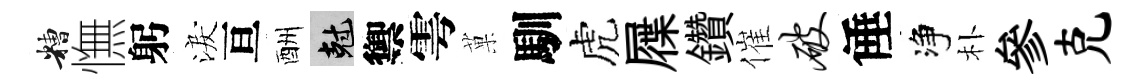
糟憮躬淚亘酬剋禦雩菓馴虎屧鑽催破倕净朴參克